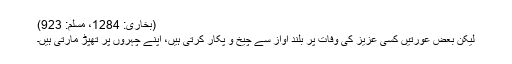
(بخاری: 1284، مسلم: 923)
لیکن بعض عورتیں کسی عزیز کی وفات پر بلند آواز سے چیخ و پکار کرتی ہیں، اپنے چہروں پر تھپڑ مارتی ہیں۔